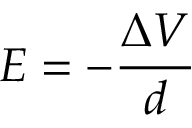
E = - { \frac { \Delta V } { d } }